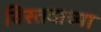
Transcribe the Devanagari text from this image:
विस्तवाच्या